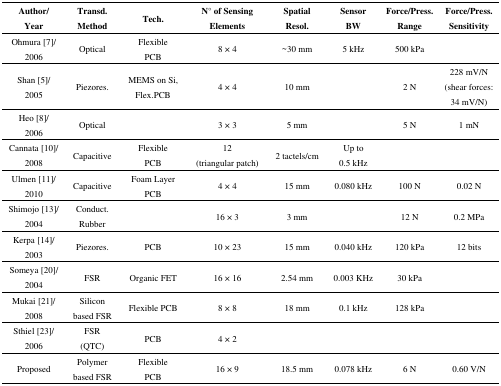
<table><thead><tr><td><b>Author/Year</b></td><td><b>Transd. Method</b></td><td><b>Tech.</b></td><td><b>N° of Sensing Elements</b></td><td><b>Spatial Resol.</b></td><td><b>Sensor BW</b></td><td><b>Force/Press. Range</b></td><td><b>Force/Press. Sensitivity</b></td></tr></thead><tbody><tr><td>Ohmura [7]/2006</td><td>Optical</td><td>Flexible PCB</td><td>8 × 4</td><td>∼30 mm</td><td>5 kHz</td><td>500 kPa</td><td></td></tr><tr><td>Shan [5]/2005</td><td>Piezores.</td><td>MEMS on Si, Flex.PCB</td><td>4 × 4</td><td>10 mm</td><td></td><td>2 N</td><td>228 mV/N (shear forces: 34 mV/N)</td></tr><tr><td>Heo [8]/2006</td><td>Optical</td><td></td><td>3 × 3</td><td>5 mm</td><td></td><td>5 N</td><td>1 mN</td></tr><tr><td>Cannata [10]/2008</td><td>Capacitive</td><td>Flexible PCB</td><td>12 (triangular patch)</td><td>2 tactels/cm</td><td>Up to 0.5 kHz</td><td></td><td></td></tr><tr><td>Ulmen [11]/2010</td><td>Capacitive</td><td>Foam Layer PCB</td><td>4 × 4</td><td>15 mm</td><td>0.080 kHz</td><td>100 N</td><td>0.02 N</td></tr><tr><td>Shimojo [13]/2004</td><td>Conduct. Rubber</td><td></td><td>16 × 3</td><td>3 mm</td><td></td><td>12 N</td><td>0.2 MPa</td></tr><tr><td>Kerpa [14]/2003</td><td>Piezores.</td><td>PCB</td><td>10 × 23</td><td>15 mm</td><td>0.040 kHz</td><td>120 kPa</td><td>12 bits</td></tr><tr><td>Someya [20]/2004</td><td>FSR</td><td>Organic FET</td><td>16 × 16</td><td>2.54 mm</td><td>0.003 KHz</td><td>30 kPa</td><td></td></tr><tr><td>Mukai [21]/2008</td><td>Silicon based FSR</td><td>Flexible PCB</td><td>8 × 8</td><td>18 mm</td><td>0.1 kHz</td><td>128 kPa</td><td></td></tr><tr><td>Sthiel [23]/2006</td><td>FSR (QTC)</td><td>PCB</td><td>4 × 2</td><td></td><td></td><td></td><td></td></tr><tr><td>Proposed</td><td>Polymer based FSR</td><td>Flexible PCB</td><td>16 × 9</td><td>18.5 mm</td><td>0.078 kHz</td><td>6 N</td><td>0.60 V/N</td></tr></tbody></table>